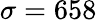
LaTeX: \sigma={658}